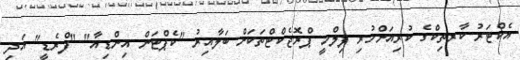
އެކްޓަރު ކާރތިކްގެ ކުރިއަށްހުރި ފިލްމީ ޕްރޮޖެކްޓްތަކަށް ބަލާއިރު "ކެޕްޓަން އިންޑިއާ" "ފްރެޑީ" އަދި